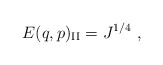
\begin{align*}E(q,p)_{\rm {II}} = J^{1/4} \ ,\end{align*}